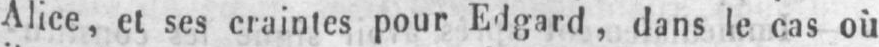
Alice, et ses craintes pour Edgard, dans le cas où